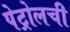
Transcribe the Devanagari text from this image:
पेट्रोलची